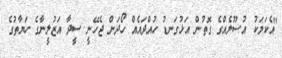
"އެކަމަކު އުސޫލެއްގެ ގޮތުން އަޅުގަނޑު ހުއްދައެއް ހޯދަން ޖެހޭނީ ސީދާ އަޒުލީނާގެ ހަޔާތުގެ